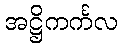
အဋ္ဌိကင်္ကလ